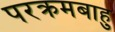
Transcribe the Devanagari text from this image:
परक्रमबाहु